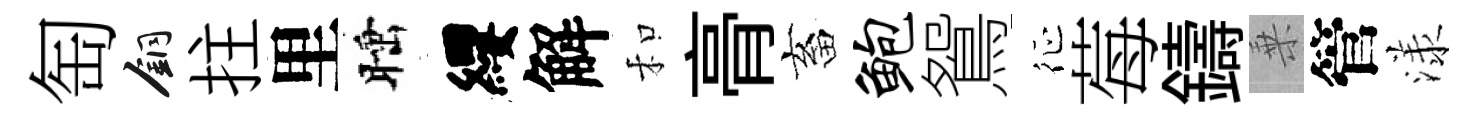
匋銅拄里睡纓解和𮌔畜鲍鴛征莓鑄乗管漾